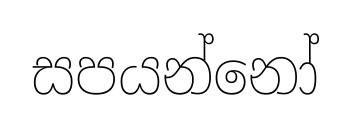
සපයන්නෝ